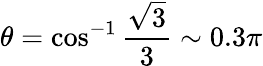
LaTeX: \theta=\cos^{-1}\frac{\sqrt{3}}{3}\sim 0.3\pi